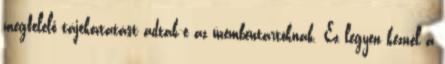
megfelelő tájékoztatást adtak-e az üzembentartóknak. Ez legyen kéznél a